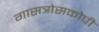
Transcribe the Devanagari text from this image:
गासत्रोसकोपी